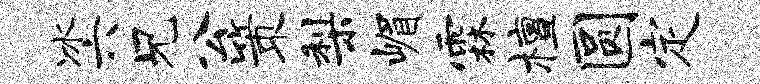
冰六兄公策梨嵋霖檀圆定